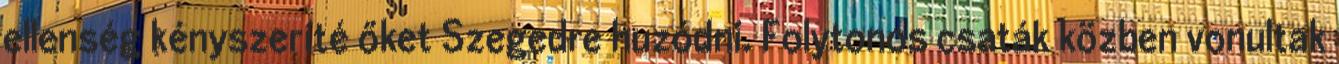
ellenség kényszeríté őket Szegedre huzódni. Folytonos csaták közben vonultak